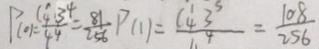
P _ { ( 0 ) } = \frac { C _ { 4 } ^ { 1 } 3 ^ { 4 } } { 4 ^ { 4 } } = \frac { 8 1 } { 2 5 6 } P _ { ( 1 ) } = \frac { C _ { 4 } ^ { 1 } 3 ^ { 3 } } { 1 ^ { 4 } } = \frac { 1 0 8 } { 2 5 6 }